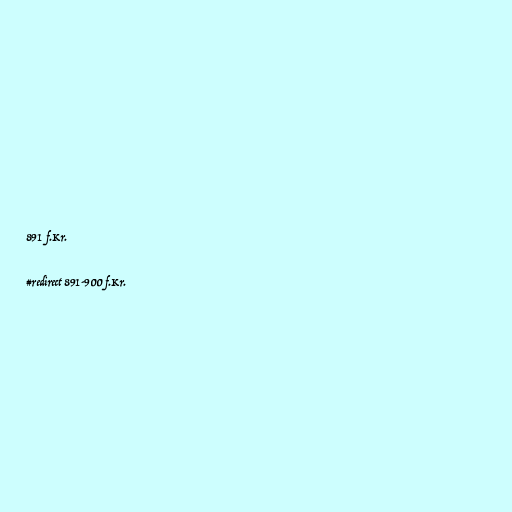
891 f.Kr.

#redirect 891-900 f.Kr.